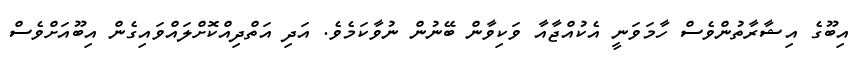
އިބޫގެ އިޝާރާތުންވެސް ހާމަވަނީ އެކުއްޖާއާ ވަކިވާން ބޭނުން ނުވާކަމެވެ. އަދި އަތްދިއްކޮށްލައްވައިގެން އިބޫއަށްވެސް